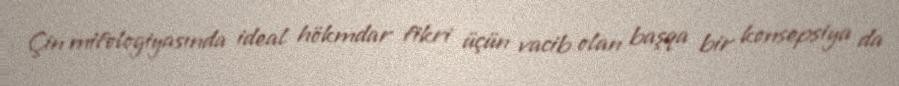
Çin mifologiyasında ideal hökmdar fikri üçün vacib olan başqa bir konsepsiya da